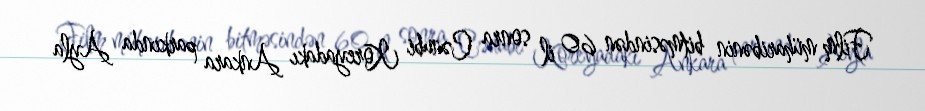
Film müharibənin bitməsindən 60 il sonra Cənubi Koreyadakı Ankara parkında Ayla